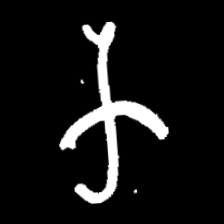
Pyu character \u2014 Myanmar letter: က (romanized: ka)